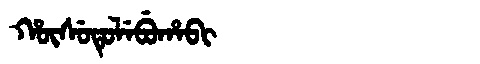
Manchu: ᡥᡡᠰᡠᡨᡠᠯᡝᠪᡠᡥᠠᠪᡳ
Romanization: HŪSUTULEBUHABI